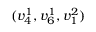
( v _ { 4 } ^ { 1 } , v _ { 6 } ^ { 1 } , v _ { 1 } ^ { 2 } )